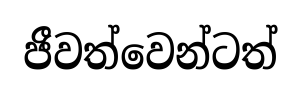
ජීවත්වෙන්ටත්